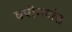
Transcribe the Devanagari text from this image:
वयोगटांत